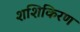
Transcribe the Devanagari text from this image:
शशिकिरण